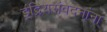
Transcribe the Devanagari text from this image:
इंद्रियसंवेदनांना